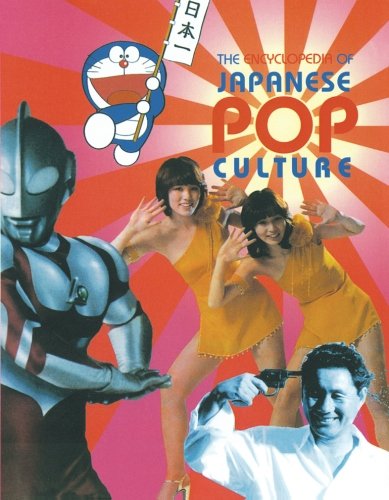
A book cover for The Encyclopedia of Japanese Pop Culture; Mark Schilling; Humor & Entertainment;